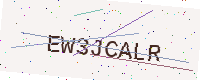
Text: EW3JCALR